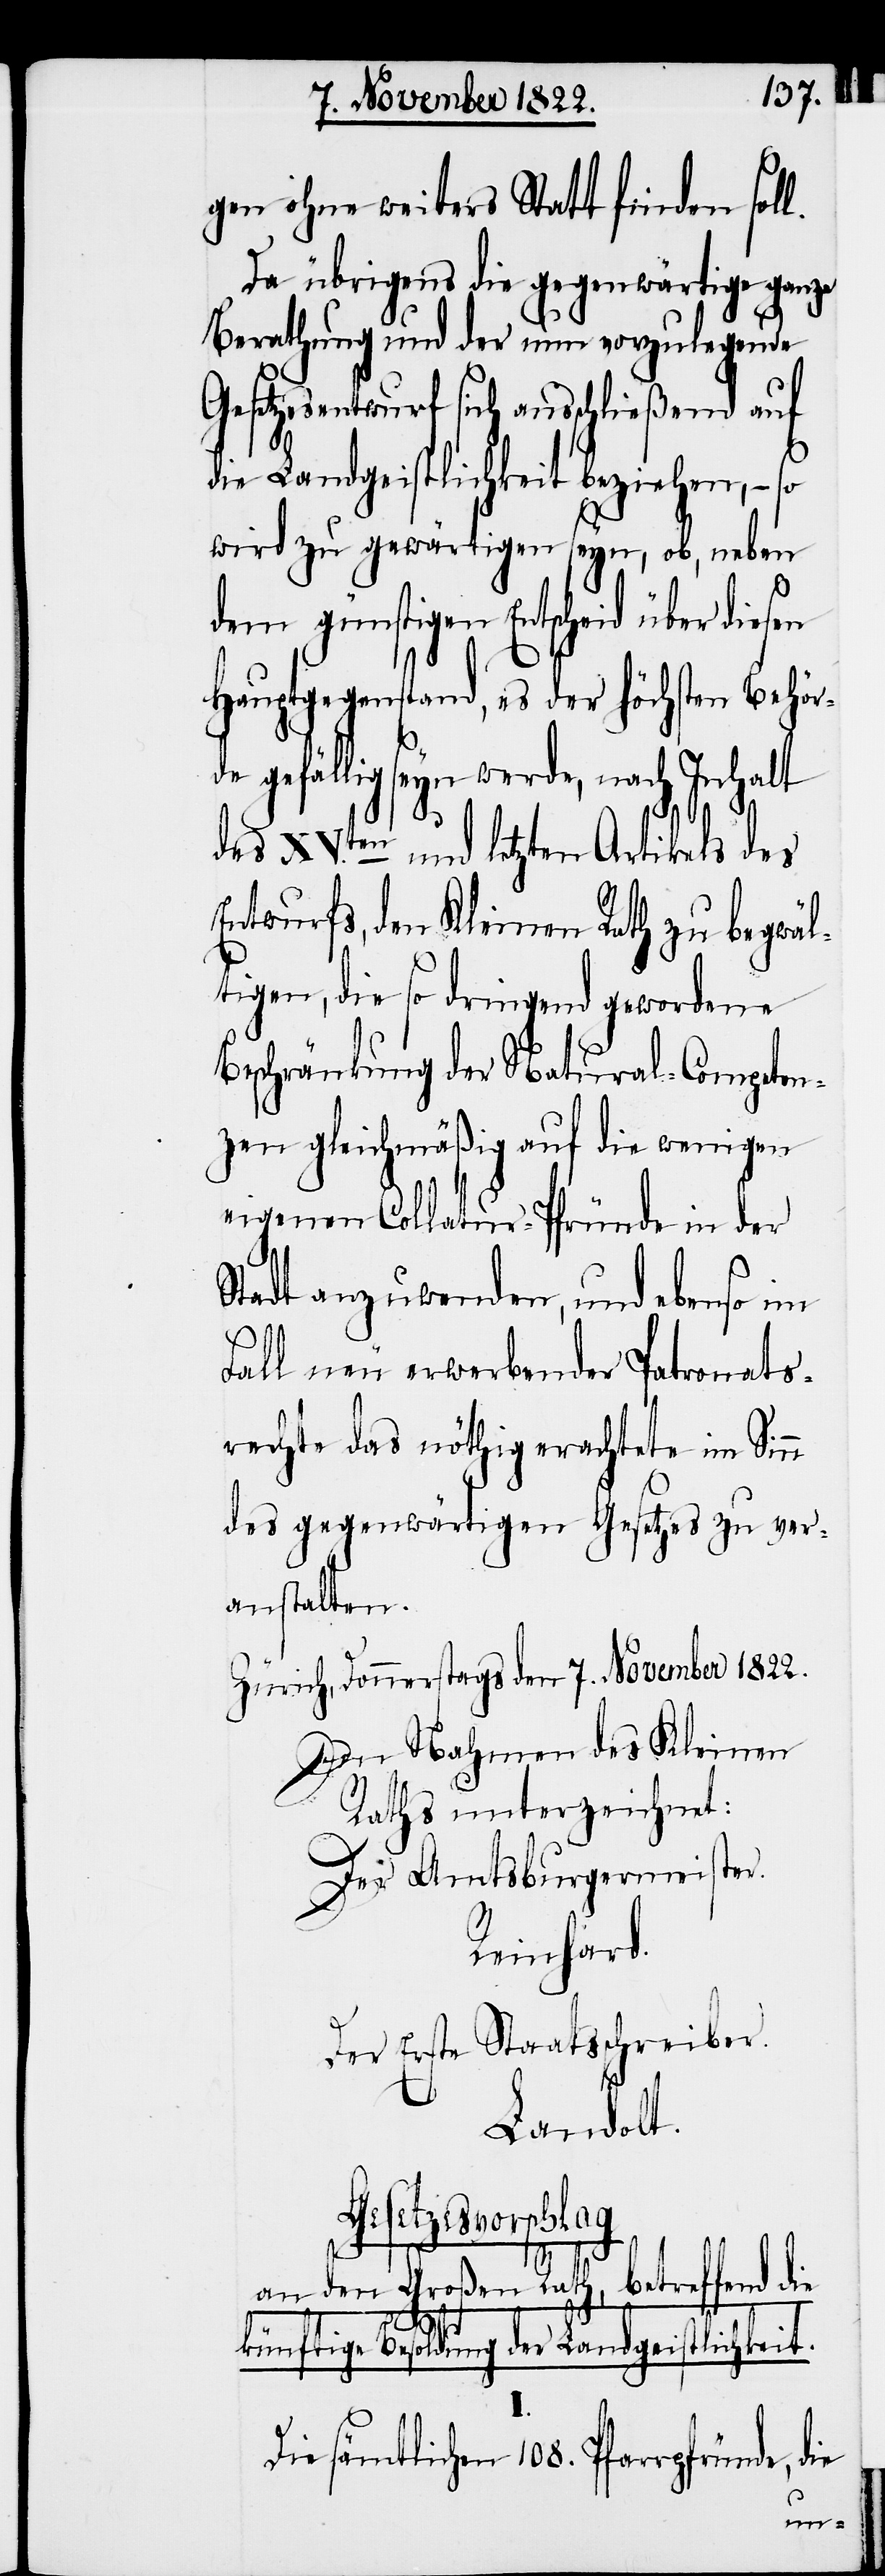
gen ohne weiters Statt finden soll.
Da übrigens die gegenwärtige ganze
Berathung und der nun vorzulegende
Gesetzesentwurf sich ausschließend auf
G¬
die Landgeistlichkeit beziehen, –
wird zu gewärtigen seyn, ob, neben
dem günstigen Entscheid über diesen
Hauptgegenstand, es der höchsten Behör¬
de gefällig seyn werde, nach Inhalt
des XV.ten und letzten Artikels des
Entwurfs, den Kleinen Rath zu begwäl¬
tigen, die so dringend gewordene
Beschränkung der Natural-Competen¬
zen gleichmäßig auf die wenigen
eigenen Collatur-Pfründe in der
Stadt anzuwenden und ebenso im
Fall neu erwerbender Patronats¬
rechte das nöthig erachtete im Sinn
des gegenwärtigen Gesetzes zu ver¬
anstalten.
Zürich, Donnerstags den 7. November 1822.
Im Nahmen des Kleinen
Raths unterzeichnet:
Der Amtsburgermeister.
Reinhard.
Der Erste Staatsschreiber.
Landolt.
esetzesvorschlag
an den Großen Rath, betreffend die
Besoldung der Landgeistlichkei¬
I.
Die sämtlichen 108. Pfarrpfründe,